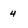
Character: 4